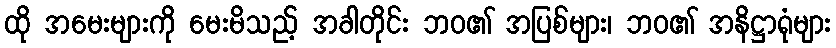
ထို အမေးများကို မေးမိသည့် အခါတိုင်း ဘဝ၏ အပြစ်များ၊ ဘဝ၏ အနိဋ္ဌာရုံများ